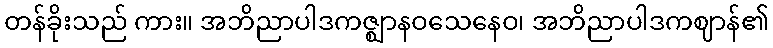
တန်ခိုးသည် ကား။ အဘိညာပါဒကဇ္ဈာနဝသေနေဝ၊ အဘိညာပါဒကဈာန်၏